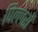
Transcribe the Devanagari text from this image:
पिल्लरों